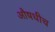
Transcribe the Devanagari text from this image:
औषधीच